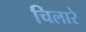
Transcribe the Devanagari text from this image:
चिलारे